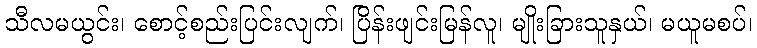
သီလမယွင်း၊ စောင့်စည်းပြင်းလျက်၊ ပြိန်းဖျင်းမြန်လူ၊ မျိုးခြားသူနှယ်၊ မယူမစပ်၊